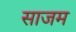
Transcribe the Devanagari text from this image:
साजम